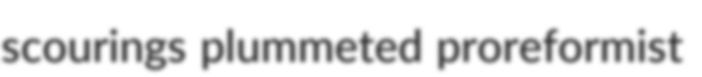
scourings plummeted proreformist